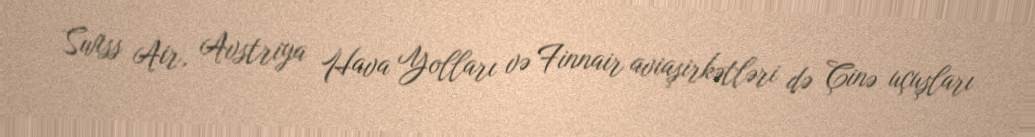
Swiss Air, Avstriya Hava Yolları və Finnair aviaşirkətləri də Çinə uçuşları